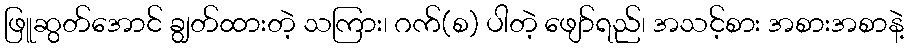
ဖြူဆွတ်အောင် ချွတ်ထားတဲ့ သကြား၊ ဂက်(စ) ပါတဲ့ ဖျော်ရည်၊ အသင့်စား အစားအစာနဲ့